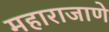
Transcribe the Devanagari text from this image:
महाराजाणे